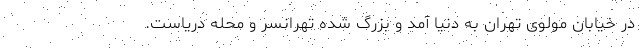
در خیابان مولوی تهران به دنیا آمد و بزرگ شده تهرانسر و محله دریاست.